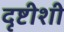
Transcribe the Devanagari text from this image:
दृष्टीशी